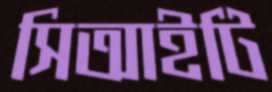
সিআইটি